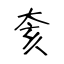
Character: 奒